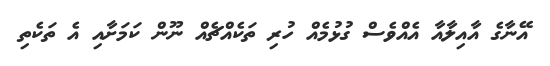
އޭނާގެ އާއިލާއާ އެއްވެސް ގުޅުމެއް ހުރި ތަކެއްޗެއް ނޫން ކަމަށާއި އެ ތަކެތި